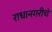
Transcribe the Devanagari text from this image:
राधानगरीचे